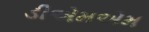
ડીએમએમ